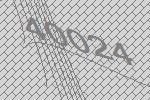
40024